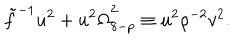
\tilde { f } ^ { - 1 } \dot { u } ^ { 2 } + u ^ { 2 } \dot { \Omega } _ { 8 - p } ^ { 2 } \equiv u ^ { 2 } { \rho } ^ { - 2 } v ^ { 2 } .